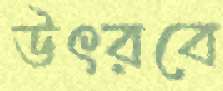
উৎরবে